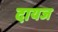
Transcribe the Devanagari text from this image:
दायज